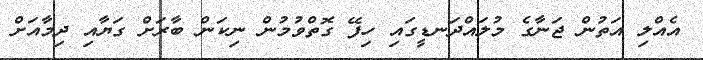
އެއްލި އަތުން ޖަނާގެ މުލައްދަނޑީގައި ހިފޭ ގޮތްވުމުން ނިކަން ބާރަށް ގަޔާއި ދިމާއަށް